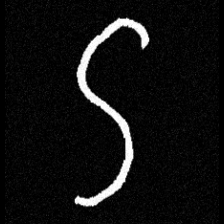
Pyu character \u2014 Myanmar letter: ဌ (romanized: ttha)